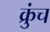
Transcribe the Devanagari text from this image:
क्रुंच